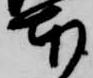
本